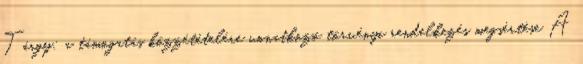
Tárgy: a támogatás közzétételére vonatkozó törvényi rendelkezés megsértése A